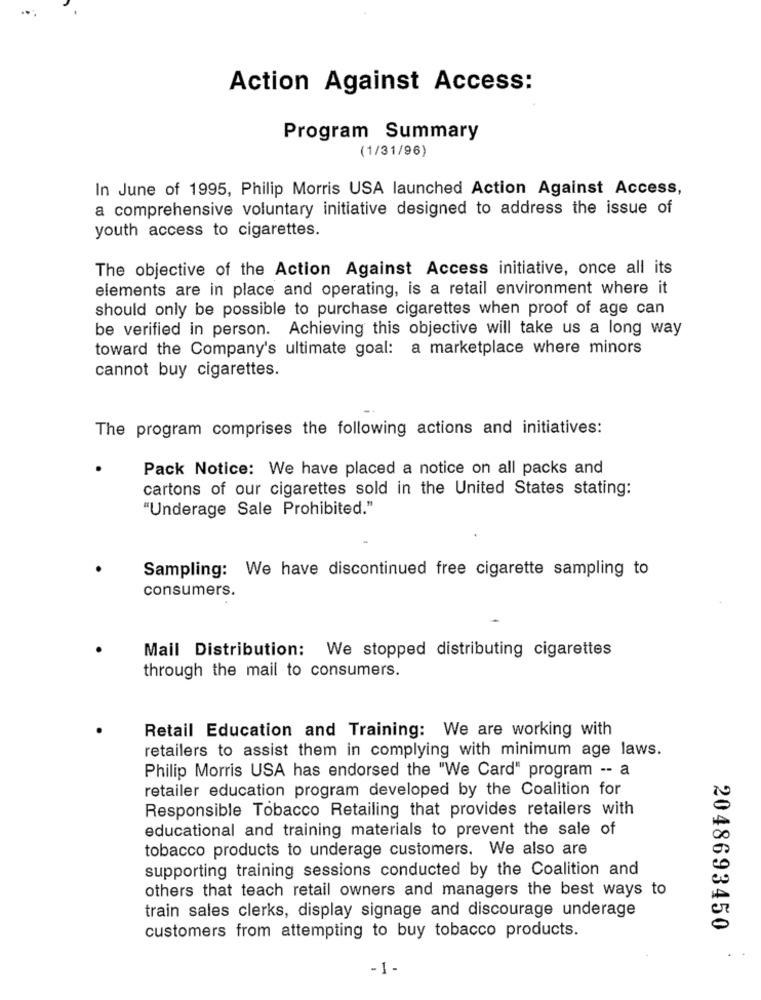
.*;
Action Against Access:
Program Summary
(1/31/96)
In June of 1995, Philip Morris USA launched Action Against Access,
a comprehensive voluntary initiative designed to address the issue of
youth access to cigarettes.
The objective of the Action Against Access initiative, once all its
elements are in place and operating, is a retail environment where it
should only be possible to purchase cigarettes when proof of age can
be verified in person. Achieving this objective will take us a long way
toward the Company's ultimate goal: a marketplace where minors
cannot buy cigarettes.
The program comprises the following actions and initiatives:
Pack Notice: We have placed a notice on all packs and
cartons of our cigarettes sold in the United States stating:
"Underage Sale Prohibited."
Sampling: We have discontinued free cigarette sampling to
consumers.
Mail Distribution: We stopped distributing cigarettes
through the mail to consumers.
Retail Education and Training: We are working with
retailers to assist them in complying with minimum age laws.
Philip Morris USA has endorsed the "We Card" program -- a
retailer education program developed by the Coalition for
Responsible Tobacco Retailing that provides retailers with
educational and training materials to prevent the sale of
tobacco products to underage customers. We also are
supporting training sessions conducted by the Coalition and
others that teach retail owners and managers the best ways to
train sales clerks, display signage and discourage underage
2048693450
customers from attempting to buy tobacco products.
- 1-